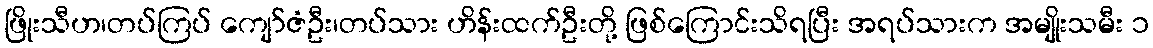
ဖြိုးသီဟ၊တပ်ကြပ် ကျော်ဇံဦး၊တပ်သား ဟိန်းထက်ဦးတို့ ဖြစ်ကြောင်းသိရပြီး အရပ်သားက အမျိုးသမီး ၁